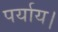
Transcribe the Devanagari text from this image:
पर्याय।